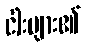
ငါးများ၏